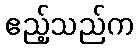
ဧည့်သည်က